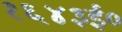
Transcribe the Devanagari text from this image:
१६४३ई०